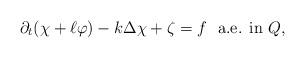
LaTeX: \begin{align*} \partial_t(\chi + \ell \varphi) -k \Delta \chi + \zeta = f \ \ \textrm{a.e. in $Q$,} \end{align*}